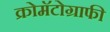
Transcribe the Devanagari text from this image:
क्रोमॅटोग्राफी